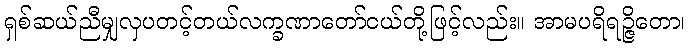
ရှစ်ဆယ်ညီမျှလှပတင့်တယ်လက္ခဏာတော်ငယ်တို့ဖြင့်လည်း။ အာမပရိရဉ္ဇိတော၊